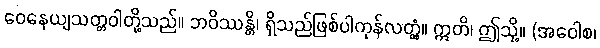
ဝေနေယျသတ္တဝါတို့သည်။ ဘဝိဿန္တိ၊ ရှိသည်ဖြစ်ပါကုန်လတ္တံ့။ ဣတိ၊ ဤသို့။ (အဝေါစ၊